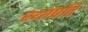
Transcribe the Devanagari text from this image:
स्‍थापति